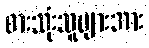
စားသုံးသူများအား